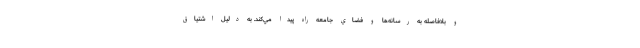
و بلافاصله به رسانه‌ها و فضاي جامعه راه پيدا مي‌كند. به دليل اشتياق